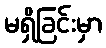
မရှိခြင်းမှာ